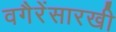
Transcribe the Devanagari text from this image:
वगैरेंसारखी